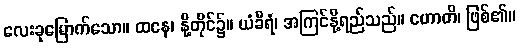
လေးခုမြောက်သော။ ထနေ၊ နို့တိုင်၌။ ယံခီရံ၊ အကြင်နို့ရည်သည်။ ဟောတိ၊ ဖြစ်၏။